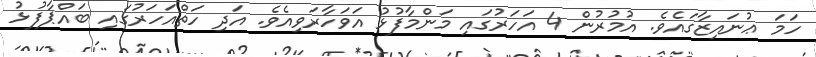
ހަމަ ޢުނައިޒާގައެވެ. އުމުރުން 4 އަހަރުގައި މަންމާފުޅު އަވަހާރަވިއެވެ. އަދި ހަތްއަހަރުގައި ބައްޕާފުޅު